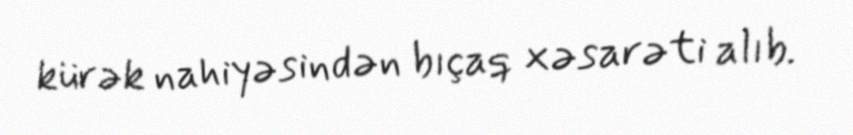
kürək nahiyəsindən bıçaq xəsarəti alıb.